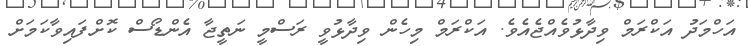
އަހްމަދު އަކްރަމް ވިދާޅުވެއްޖެއެވެ. އަކްރަމް މިހެން ވިދާޅުވީ ރަސްމީ ނަތީޖާާ އެންޑޯސް ކޮށްފައިވާކަމަށް